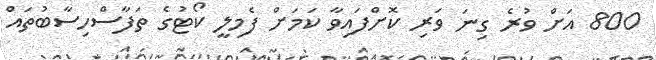
800 އަށް ވުރެ ގިނަ ވަރި ކޮށްފައިވާ ކަމަށް ފެމިލީ ކޯޓުގެ ތަފާސްހިސާބުތައް